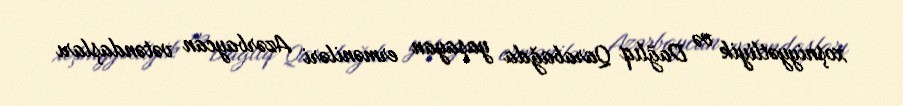
xoşniyyətliyik və Dağlıq Qarabağda yaşayan erməniləri Azərbaycan vətəndaşları